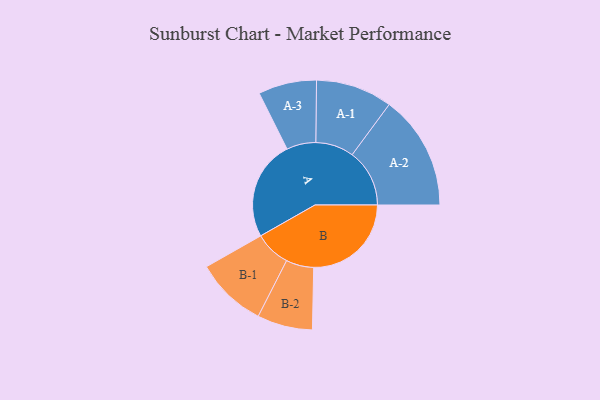
{"axis": {"x": "Segment", "y": "Value"}, "legend": ["", "A", "B"], "data": [{"x": "A", "y": 396, "type": ""}, {"x": "B", "y": 388, "type": ""}, {"x": "A-1", "y": 152, "type": "A"}, {"x": "A-2", "y": 228, "type": "A"}, {"x": "A-3", "y": 116, "type": "A"}, {"x": "B-1", "y": 142, "type": "B"}, {"x": "B-2", "y": 110, "type": "B"}]}